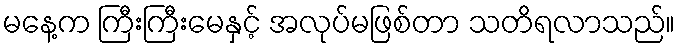
မနေ့က ကြီးကြီးမေနှင့် အလုပ်မဖြစ်တာ သတိရလာသည်။